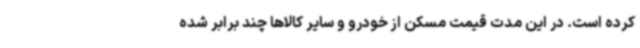
کرده است. در این مدت قیمت مسکن از خودرو و سایر کالاها چند برابر شده